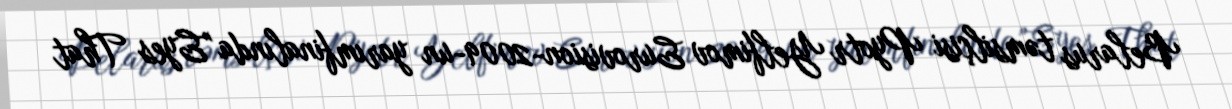
Belarus təmsilçisi Pyotr Yelfimov Eurovision-2009-un yarımfinalında "Eyes That